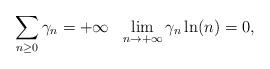
LaTeX: \begin{align*}\sum_{n\geq 0} \gamma_n= + \infty \ \ \lim_{n \rightarrow + \infty} \gamma_n \ln(n)=0,\end{align*}